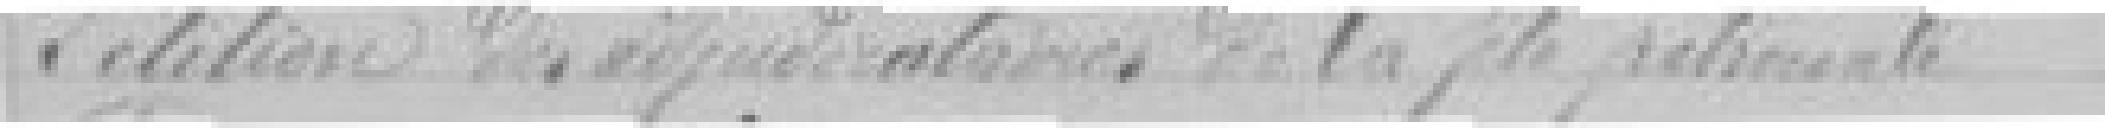
Pétition des adjudicataires de la fête nationale